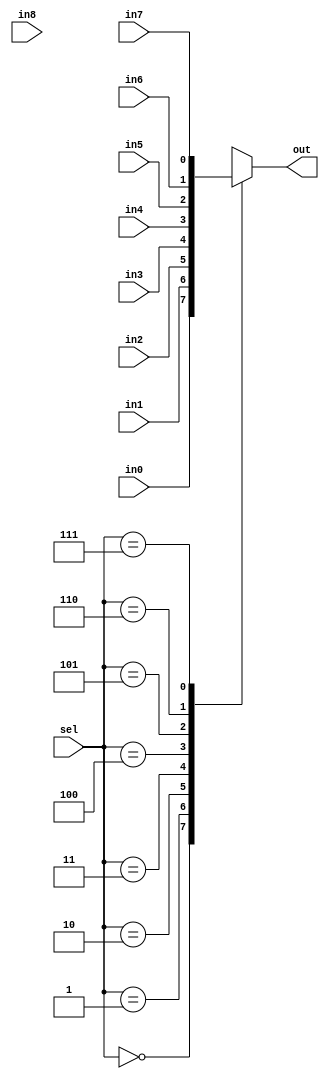
module Multiplexer9(out, in0, in1, in2, in3, in4, in5, in6, in7, in8, sel);
  parameter WIDTH = 1;
  output reg [WIDTH-1:0] out;
  input [WIDTH-1:0] in0, in1, in2, in3, in4, in5, in6, in7, in8;
  input [2:0] sel;
  
  always @ (*)
    case (sel)
      0 : out = in0;
      1 : out = in1;
      2 : out = in2;
      3 : out = in3;
      4 : out = in4;
      5 : out = in5;
      6 : out = in6;
      7 : out = in7;
      8 : out = in8;
    endcase
endmodule